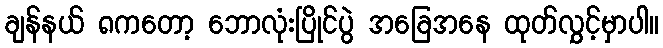
ချန်နယ် ၈ကတော့ ဘောလုံးပြိုင်ပွဲ အခြေအနေ ထုတ်လွှင့်မှာပါ။